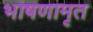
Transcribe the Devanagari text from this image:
भाषणामृत